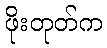
ဖိုးတုတ်က